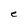
Character: e